Civil Veterinary Dept. Bombay admin report 1907-1913 - 1907-1913
Year: 1907
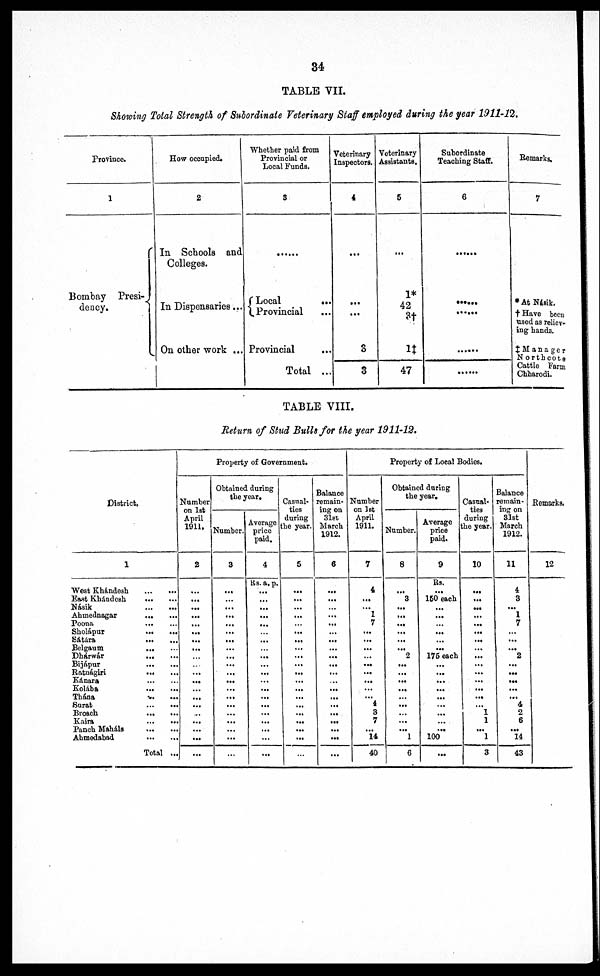
34
TABLE VII.
Showing Total Strength of Subordinate Veterinary Staff employed during the year 1911-12.
Province.
1
Bombay Presi-
dency.
How occupied.
2
In Schools and
Colleges.
In Dispensaries ...
On other work ...
Whether paid from
Provincial or
Local Funds.
3
......
Local
...
Provincial ...
Provincial
Total ...
Veterinary
Inspectors.
4
...
...
3
3
Veterinary
Assistants.
5
...
1*
42
3†
1‡
47
Subordinate
Teaching Staff.
6
......
......
......
... ...
......
Remarks.
7
*At Násik.
† Have been
used as reliev-
ing hands.
‡ Manager
Northcote
Cattle Farm
Chharodi.
TABLE VIII.
Return of Stud Bulls for the year 1911-12.
District.
1
West Khándesh ... ...
East Khándesh ... ...
Násik ... ...
Ahmednagar ... ...
Poona ... ...
Sholápur ... ...
Satára ... ...
Belgaum ... ...
Dharwár ... ...
Bijápur ... ...
Ratuágiri ... ...
Kánara ... ...
Kolába ... ...
Thána ... ...
Surat ... ...
Broach ... ...
Kaira ... ...
Panch Maháls ... ...
Ahmedabad ... ...
Total ...
Property of Government.
Number
on 1st
April
1911.
2
...
...
...
...
...
...
...
...
...
...
...
...
...
...
...
...
...
...
...
...
Obtained during
the year.
Number.
3
...
...
...
...
...
...
...
...
...
...
...
...
...
...
...
...
...
...
...
...
Average
price
paid.
4
Rs. a. p.
...
...
...
...
...
...
...
...
...
...
...
...
...
...
...
...
...
...
...
...
Casual-
ties
during
:he year.
5
...
...
...
...
...
...
...
...
...
...
...
...
...
...
...
...
...
...
...
...
Balance
remain-
ing on
31st
March
1912.
6
...
...
...
...
...
...
...
...
...
...
...
...
...
...
...
...
...
...
...
...
Property of Local Bodies.
Number
on 1st
April
1911.
7
4
...
...
1
7
...
...
...
...
...
...
...
...
...
4
3
7
...
14
40
Obtained during
the year.
Number.
8
...
3
...
...
...
...
...
...
2
...
...
...
...
...
...
...
...
...
1
6
Average
price
paid.
9
Rs.
...
150 each
...
...
...
...
...
...
175 each
...
...
...
...
...
...
...
...
...
100
...
Casual-
ties
during
the year.
10
...
...
...
...
...
...
...
...
...
...
...
...
...
...
...
1
1
...
1
3
Balance
remain-
ing on
31st
March
1912.
11
4
3
...
1
7
...
...
...
2
...
...
...
...
...
4
2
6
...
14
43
Remarks.
12